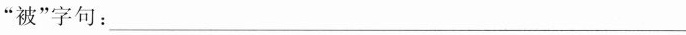
“被”字句：___